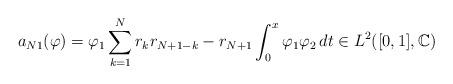
LaTeX: \begin{align*}a_{N1}(\varphi)= \varphi_1\sum_{k=1}^N r_k r_{N+1-k}-r_{N+1}\int_0^x \varphi_1\varphi_2\,dt \in L^2([0,1],\mathbb{C})\end{align*}